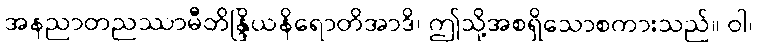
အနညာတညဿာမီတိန္ဒြိယနိရောတိအာဒိ၊ ဤသို့အစရှိသောစကားသည်။ ဝါ၊